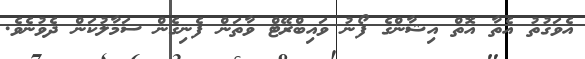
އެވަގުތު އެތާ އޮތް އިޝާންގެ ފޯނު ވައިބްރޭޓް ވާތަން ފެނިގެން ސަމާލުކަން ދެވުނެވެ.